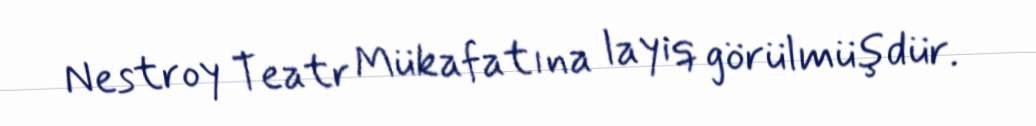
Nestroy Teatr Mükafatına layiq görülmüşdür.